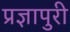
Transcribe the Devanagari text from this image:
प्रज्ञापुरी